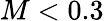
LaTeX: M<0.3